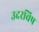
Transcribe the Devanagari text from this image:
उदरविष